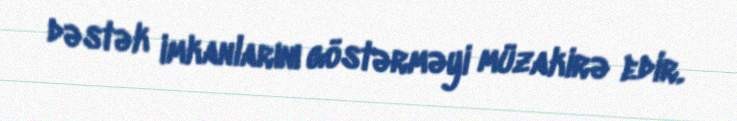
dəstək imkanlarını göstərməyi müzakirə edir.